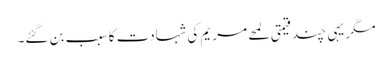
مگر یہی چند قیمتی لمحے مریم کی شہادت کا سبب بن گئے۔